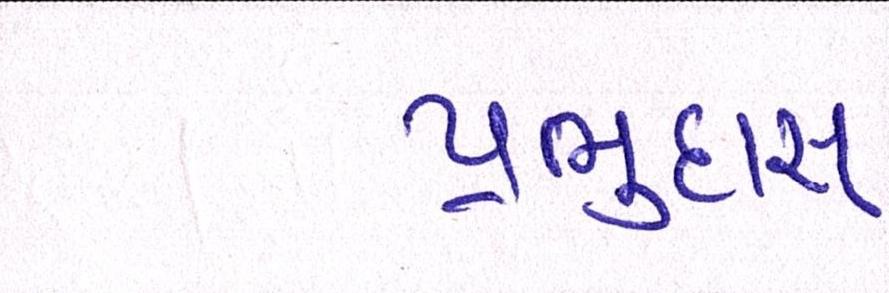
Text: પ્રભુદાસ